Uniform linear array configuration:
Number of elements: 16
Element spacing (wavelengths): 1
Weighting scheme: hamming
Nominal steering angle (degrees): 30
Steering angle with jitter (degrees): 29.264
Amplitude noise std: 0.05
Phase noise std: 0.05

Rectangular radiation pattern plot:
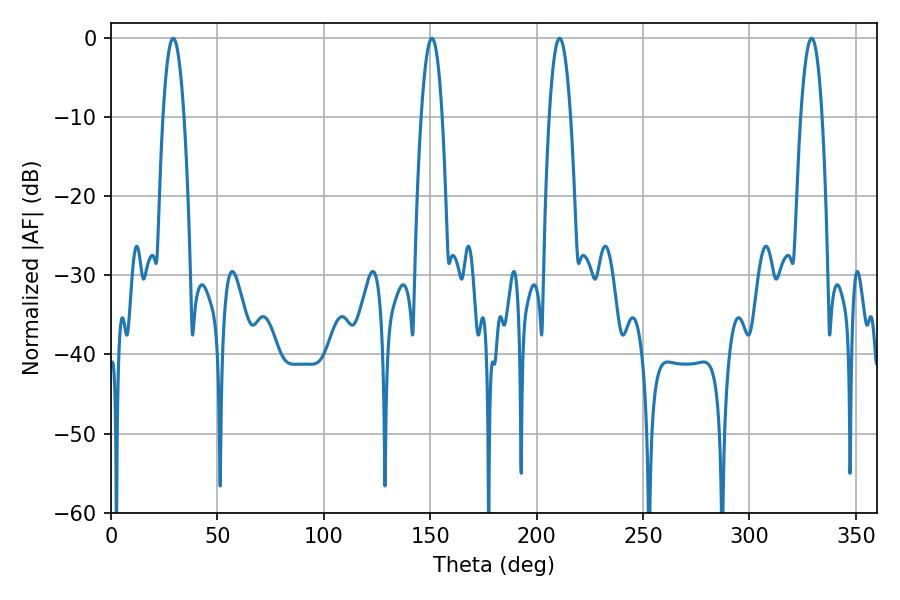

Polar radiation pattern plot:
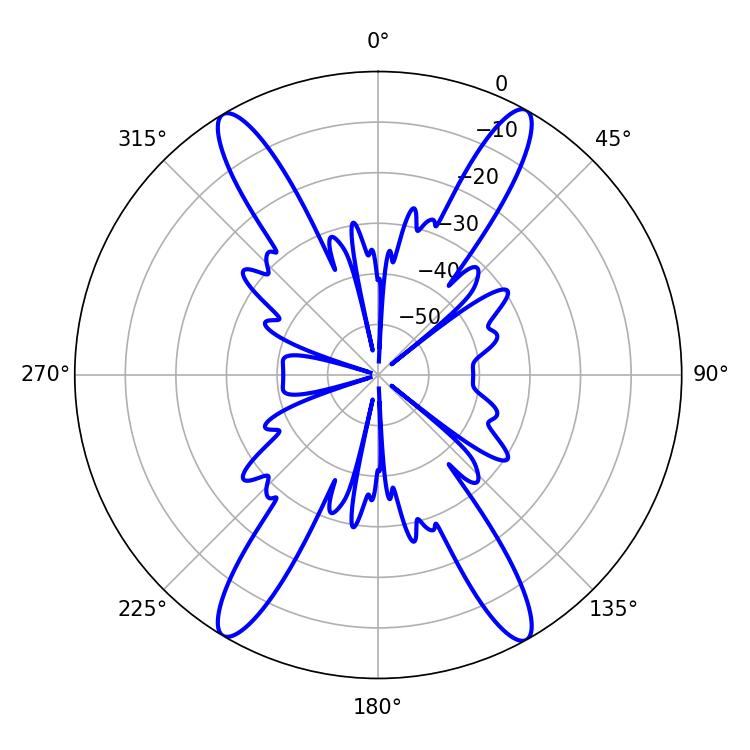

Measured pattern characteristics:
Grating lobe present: TRUE
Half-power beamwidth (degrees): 5.58
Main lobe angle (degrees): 210.78